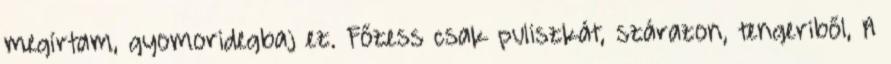
megírtam, gyomoridegbaj ez. Főzess csak puliszkát, szárazon, tengeriből, A